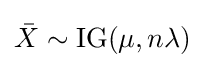
{\bar {X}}\sim \operatorname {IG} (\mu ,n\lambda )